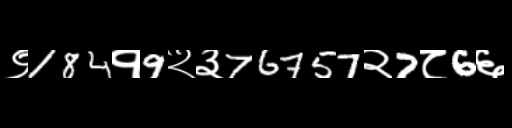
Text: ९184१9२३76757२7८6६